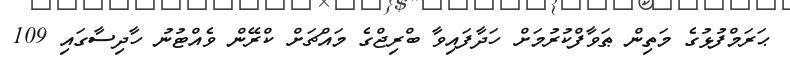
ޙަރަމްފުޅުގެ މަތިން ޠަވާފްކުރުމަށް ހަދާފައިވާ ބްރިޖްގެ މައްޗަށް ކްރޭން ވެއްޓުނު ހާދިސާގައި 109